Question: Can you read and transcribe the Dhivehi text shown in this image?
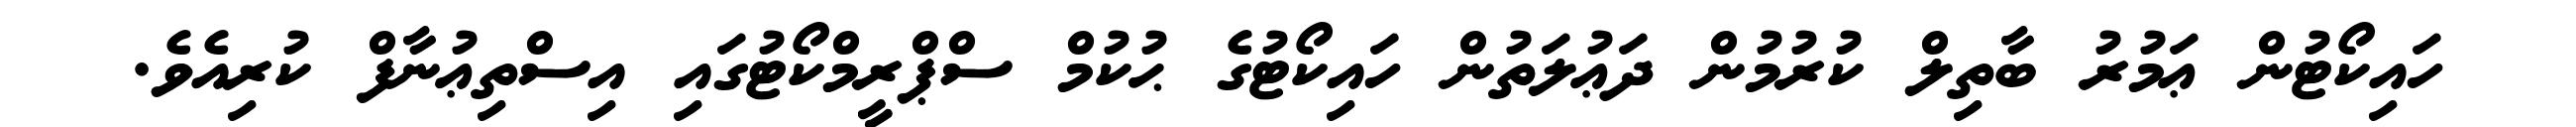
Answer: ހައިކޯޓުން ޢަމުރު ބާތިލް ކުރުމުން ދަޢުލަތުން ހައިކޯޓުގެ ޙުކުމް ސްޕްރީމްކޯޓުގައި އިސްތިޢުނާފް ކުރިއެވެ.